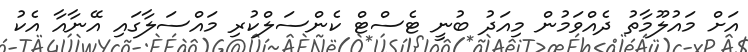
އަށް މައުލޫމާތު ދެއްވަމުން މިއަދު ބުނީ ޓެސްޓް ކެންސަލްކުރި މައްސަލާގައި އޭނާއާ އެކު